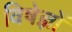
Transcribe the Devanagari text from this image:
विषेज्ञों